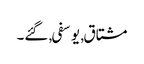
مشتاق, یوسفی, گئے۔